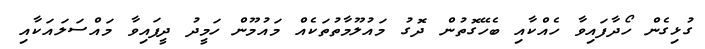
ގުޅިގެން ހޯދާފައިވާ ހެއްކާއި ބެހޭގޮތުން ދޮގު މައުލޫމާތުތަކެއް މައުމޫން ހަމީދު ދީފައިވާ މައްސަލައަކާއި